Report of the Municipal Commissioner on the plague in Bombay for the year ending 31st May... - Volume 1
Disease focus: Plague
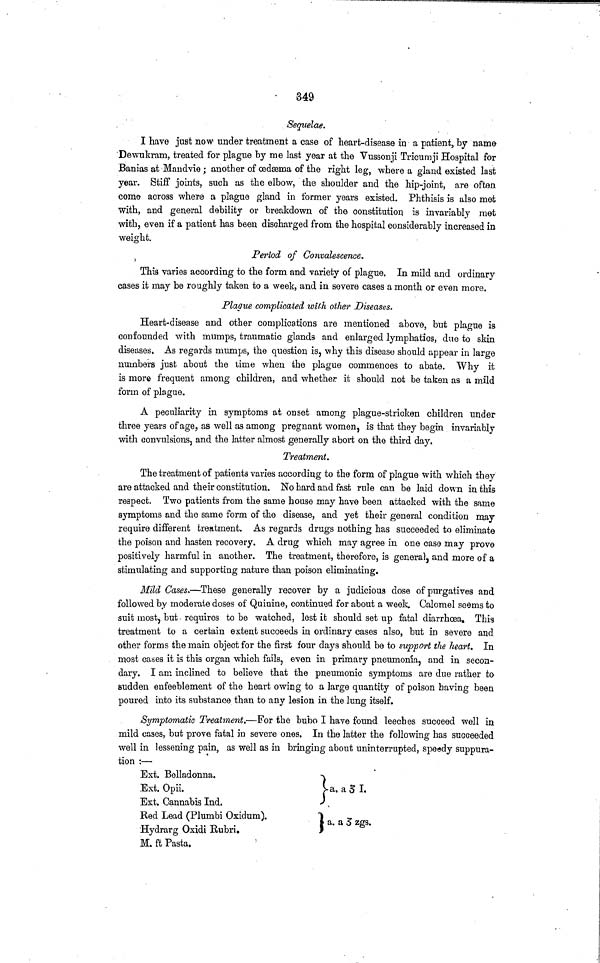
349
Sequelae.
I have just now under treatment a case of heart-disease in a patient, by name
Dewukram, treated for plague by me last year at the Vussonji Tricumji Hospital for
Banias at Mandvie; another of oedsema of the right leg, where a gland existed last
year. Stiff joints, such as the elbow, the shoulder and the hip-joint, are often
come across where a plague gland in former years existed. Phthisis is also met
with, and general debility or breakdown of the constitution is invariably met
with, even if a patient has been discharged from the hospital considerably increased in
weight.
Period of Convalescence.
This varies according to the form and variety of plague. In mild and ordinary
cases it may be roughly taken to a week, and in severe cases a month or even more.
Plague complicated with other Diseases,
Heart-disease and other complications are mentioned above, but plague is
confounded with mumps, traumatic glands and enlarged lymphatics, due to skin
diseases. As regards mumps, the question is, why this disease should appear in large
numbers just about the lime when the plague commences to abate. Why it
is more frequent among children, and whether it should not be taken as a mild
form of plague.
A peculiarity in symptoms at onset among plague-stricken children under
three years of age, as well as among pregnant women, is that they begin invariably
with convulsions, and the latter almost generally abort on the third day.
Treatment.
The treatment of patients varies according to the form of plague with which they
are attacked and their constitution. No hard and fast rule can be laid down in this
respect. Two patients from the same house may have been attacked with the same
symptoms and the same form of the disease, and yet their general condition may
require different treatment. As regards drugs nothing has succeeded to eliminate
the poison and hasten recovery. A drug which may agree in one case may prove
positively harmful in another. The treatment, therefore, is general, and more of a
stimulating and supporting nature than poison eliminating.
Mild Cases.—These generally recover by a judicious dose of purgatives and
followed by moderate doses of Quinine, continued for about a week. Calomel seems to
suit most, but requires to be watched, lest it should set up fatal diarrhoea. This
treatment to a certain extent succeeds in ordinary cases also, but in severe and
other forms the main object for the first four days should be to support the heart. In
most cases it is this organ which fails, even in primary pneumonia, and in secon-
dary. I am inclined to believe that the pneumonic symptoms are due rather to
sudden enfeeblement of the heart owing to a large quantity of poison baving been
poured into its substance than to any lesion in the lung itself.
Symptomatic Treatment.—For the bubo I have found leeches succeed well in
mild cases, but prove, fatal in severe ones. In the latter the following has succeeded
well in lessening pain, as well as in bringing about uninterrupted, speedy suppura-
tion :—
Ext. Belladonna.
Ext. Opii.
Ext. Gannabis Ind.
Red Lead (Plumbi Oxidum).
Hydrarg Oxidi Bubri.
M. ft Pasta.
a,
a.
a 3 I.
a 5 zgs.